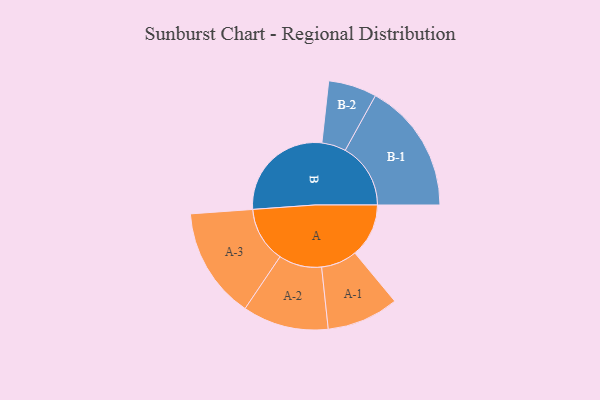
{"axis": {"x": "Segment", "y": "Value"}, "legend": ["", "A", "B"], "data": [{"x": "A", "y": 247, "type": ""}, {"x": "B", "y": 493, "type": ""}, {"x": "A-1", "y": 165, "type": "A"}, {"x": "A-2", "y": 197, "type": "A"}, {"x": "A-3", "y": 255, "type": "A"}, {"x": "B-1", "y": 300, "type": "B"}, {"x": "B-2", "y": 111, "type": "B"}]}